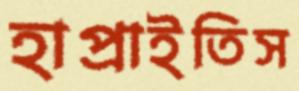
হাপ্‌রাইতিস